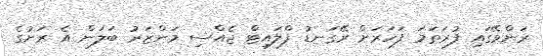
ރަންވޭގައި ފުރަތަމަ ފަހަރަށް ރޭގަނޑު ފްލައިޓް ޖެއްސި މަންޒަރު ބަލަން އެ ރަށުގެ